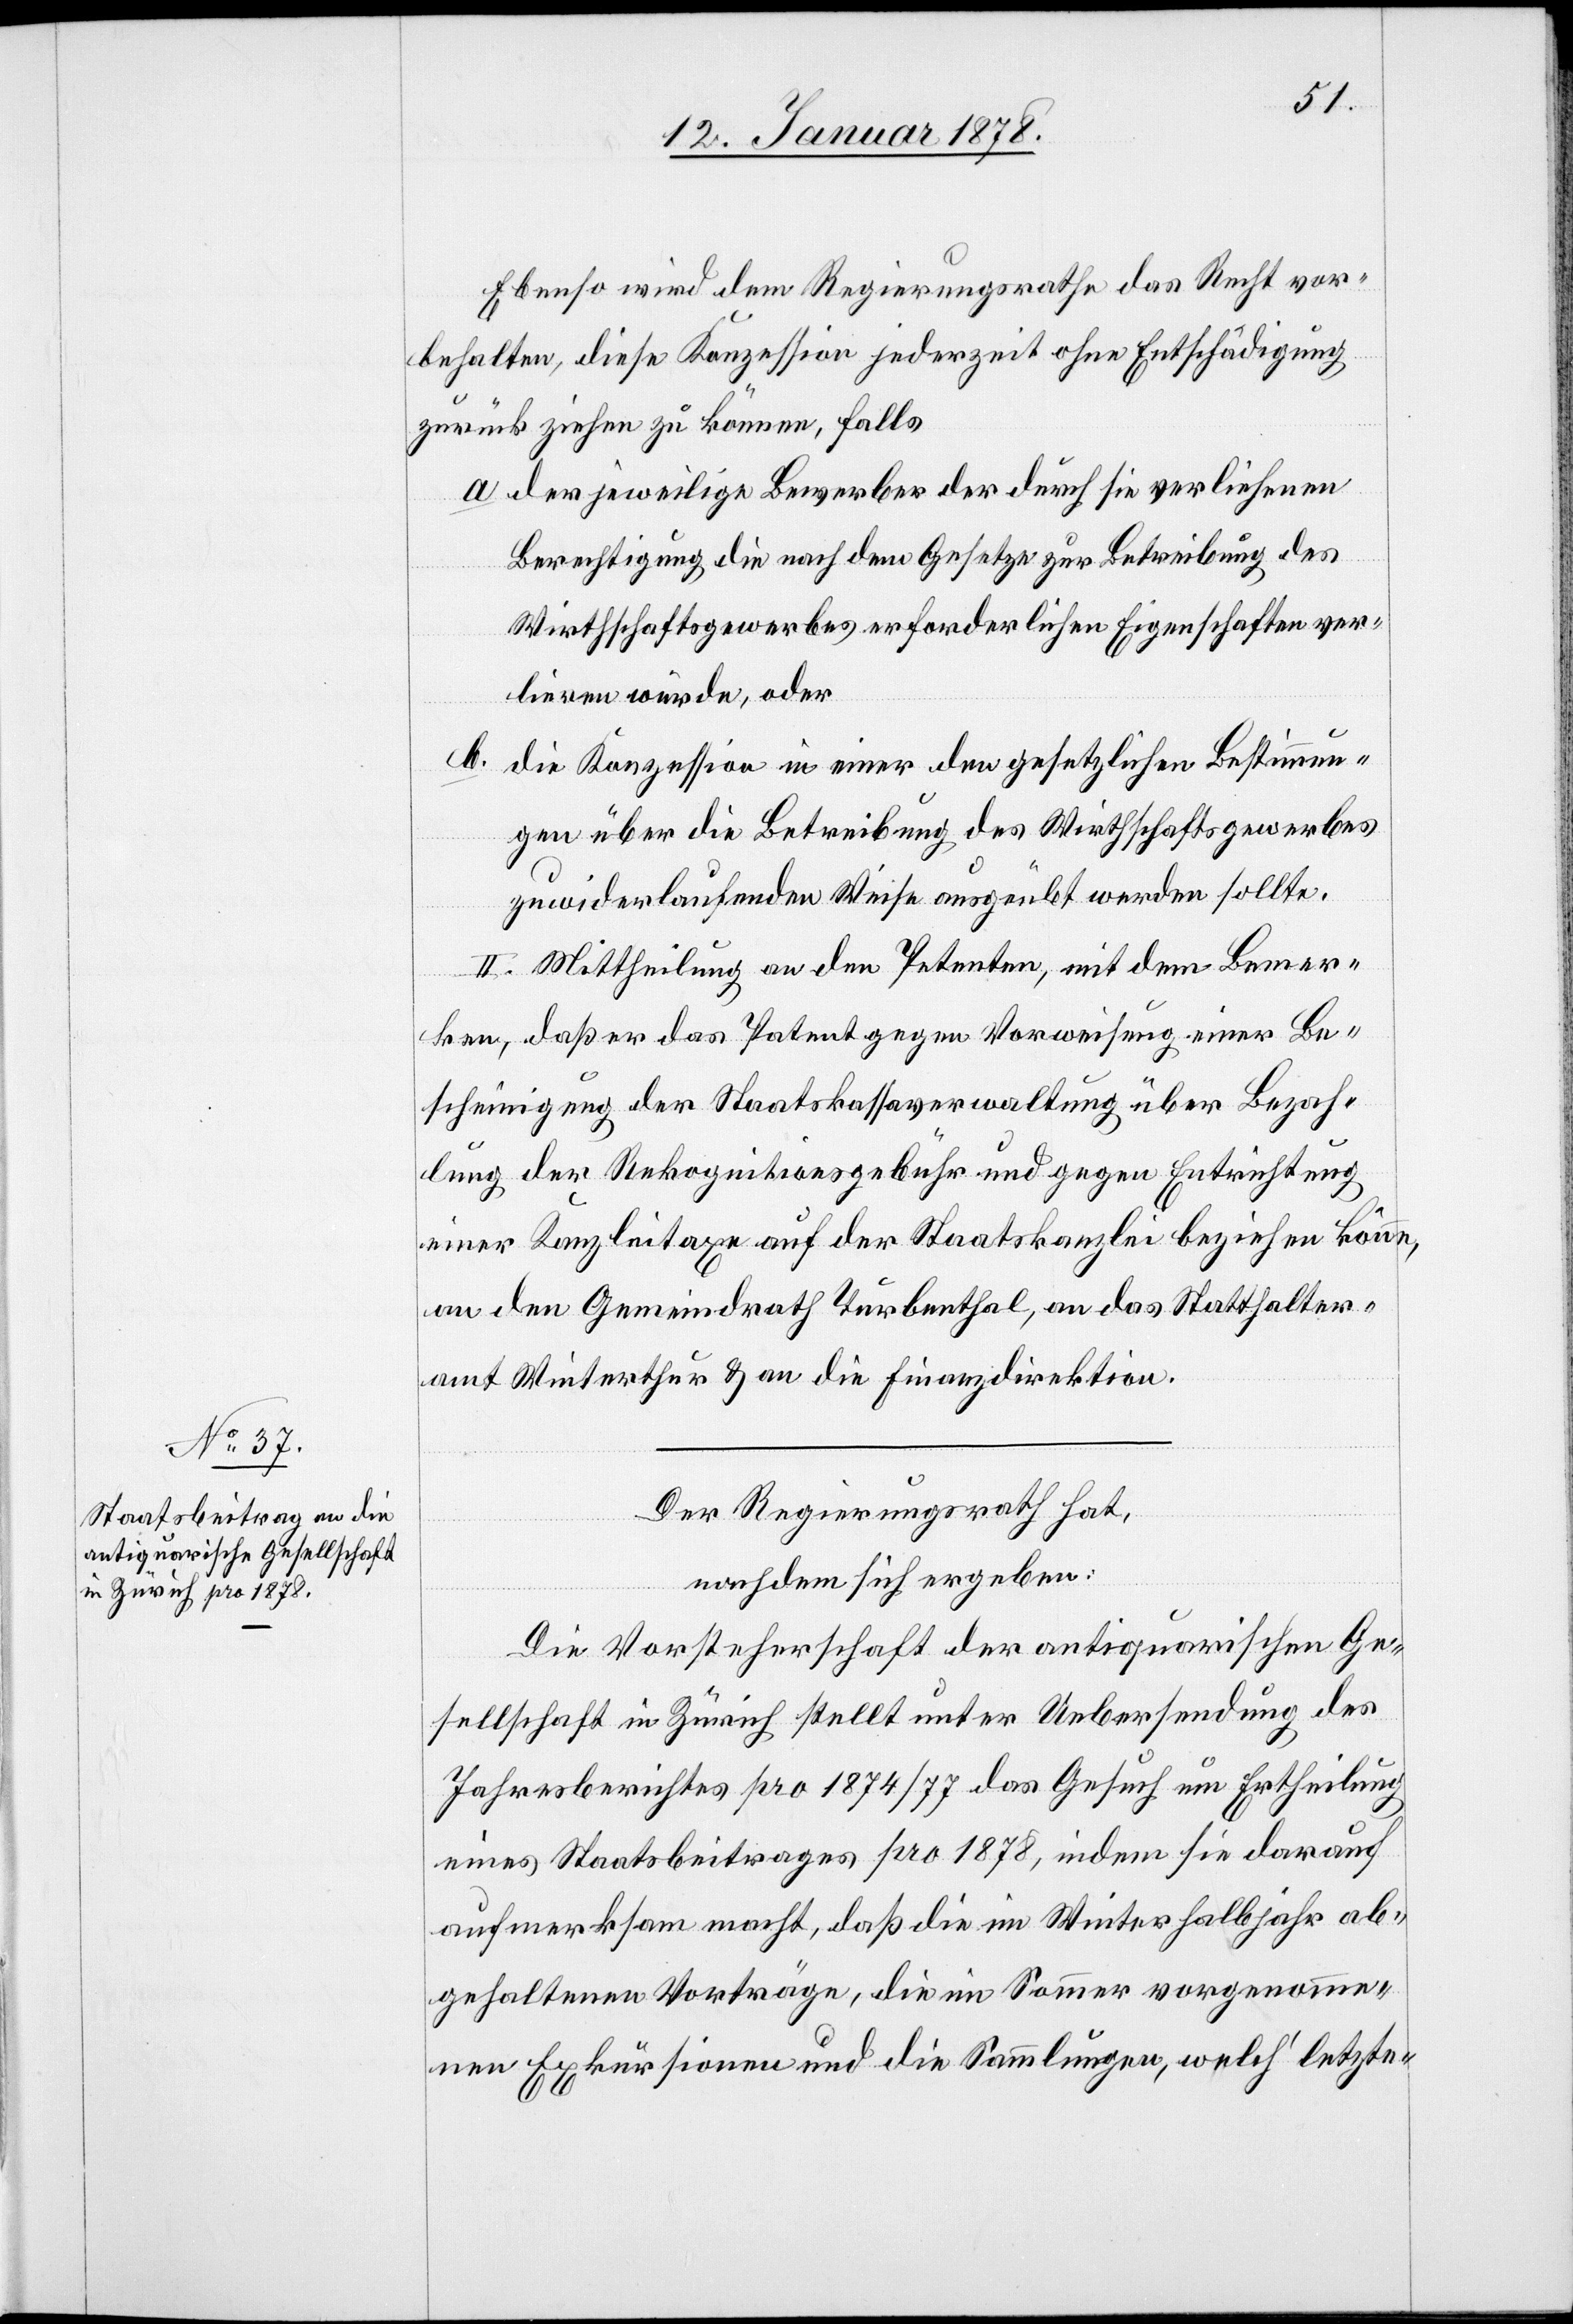
Ebenso wird dem Regierungsrathe das Recht vor¬
behalten, diese Konzession jederzeit ohne Entschädigung
zurück ziehen zu können, falls
a. der jeweilige Bewerber der durch sie verliehenen
Berechtigung die nach dem Gesetze zur Betreibung des
Wirthschaftsgewerbes erforderlichen Eigenschaften ver¬
lieren würde, oder
b. die Konzession in einer den gesetzlichen Bestimmun¬
gen über die Betreibung des Wirthschaftsgewerbes
zuwiderlaufenden Weise ausgeübt werden sollte.
II. Mittheilung an den Petenten, mit dem Bemer¬
ken, daß er das Patent gegen Vorweisung einer Be¬
scheinigung der Staatskassaverwaltung über Bezah¬
lung der Rekognitionsgebühr und gegen Entrichtung
einer Kanzleitaxe auf der Staatskanzlei beziehen könne,
an den Gemeindrath Turbenthal, an das Statthalter¬
amt Winterthur & an die Finanzdirektion.
Der Regierungsrath hat,
nachdem sich ergeben:
Die Vorsteherschaft der antiquarischen Ge¬
sellschaft in Zürich stellt unter Uebersendung des
Jahresberichtes pro 1874/77 das Gesuch um Ertheilung
eines Staatsbeitrages pro 1878, indem sie darauf
aufmerksam macht, daß die im Winterhalbjahr ab¬
gehaltenen Vorträge, die im Sommer vorgenomme¬
nen Exkursionen und die Sammlungen, welch’ letzt-